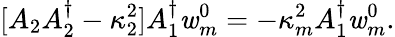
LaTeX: [A_{2}A_{2}^{\dagger}-\kappa_{2}^{2}]A_{1}^{\dagger}\mathit{w}_{m}^{0}=-\kappa_{m}^{2}A_{1}^{\dagger}\mathit{w}_{m}^{0}.